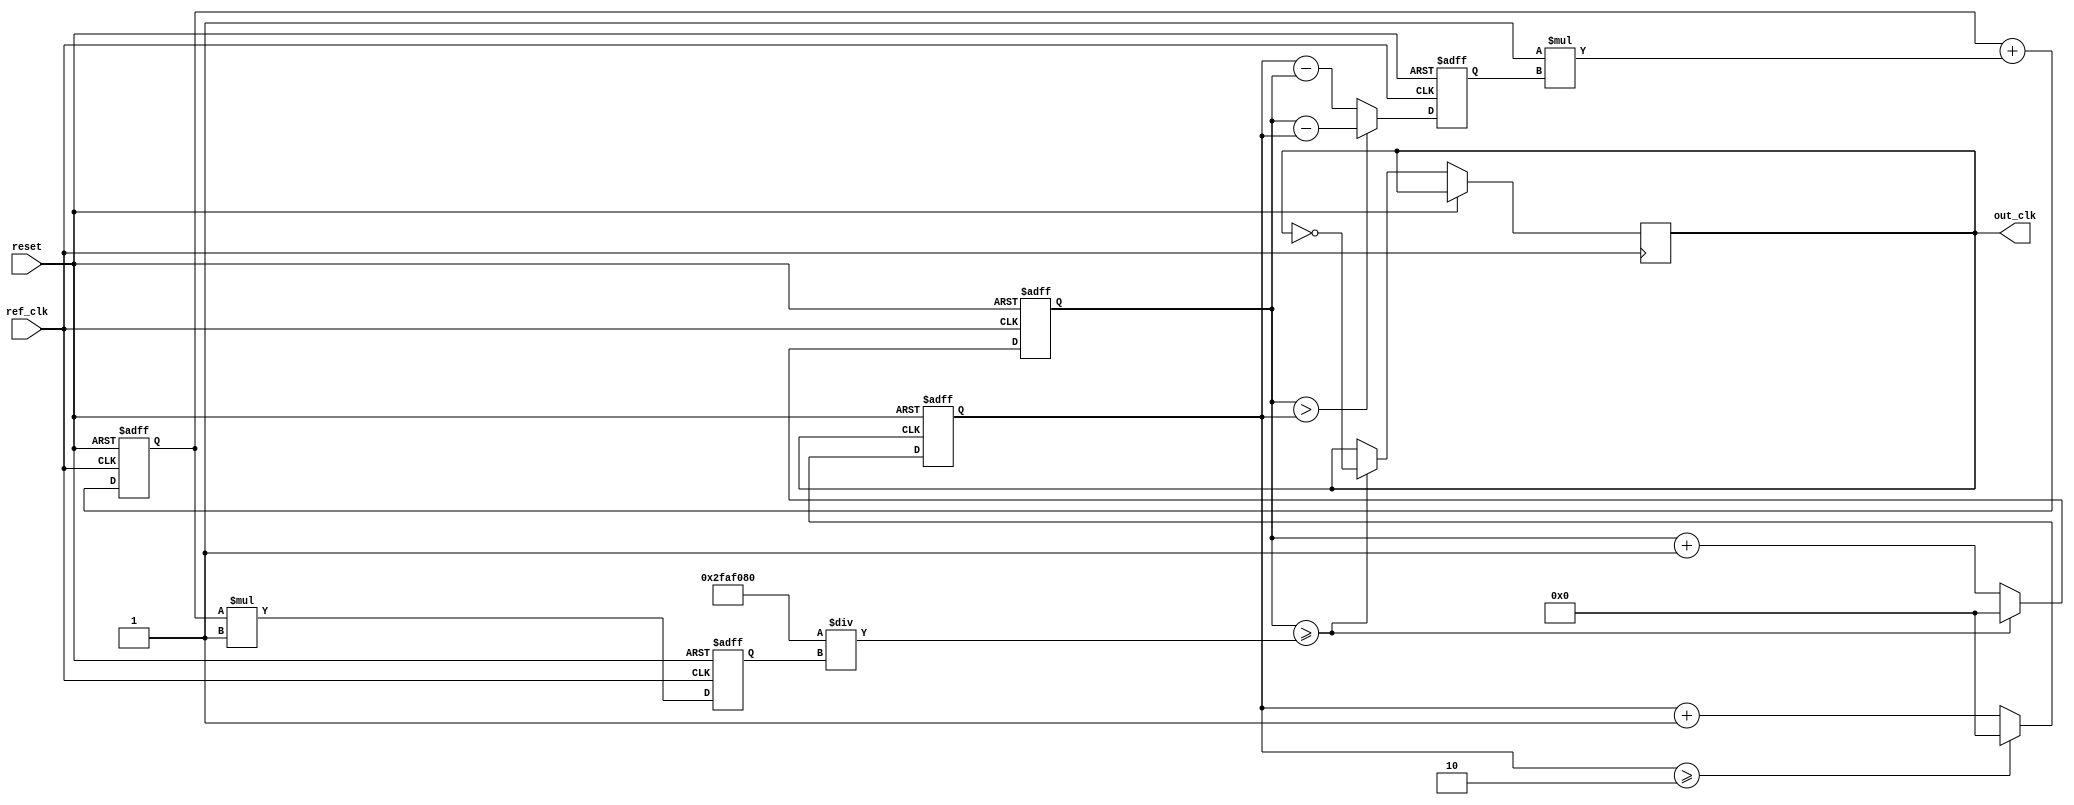
module parameterized_PLL #(
    parameter REFERENCE_FREQ = 50_000_000, // Reference clock frequency in Hz
    parameter OUTPUT_FREQ = 100_000_000,    // Desired output clock frequency in Hz
    parameter DIV_RATIO = OUTPUT_FREQ / REFERENCE_FREQ, // Feedback division ratio
    parameter LOOP_FILTER_GAIN = 1,          // Proportional gain for loop filter
    parameter VCO_SENSITIVITY = 1            // VCO sensitivity (Hz/V)
)(
    input wire ref_clk,                       // Reference clock input
    input wire reset,                         // Reset signal
    output reg out_clk                        // Output clock
);

    // Internal signals
    reg [31:0] phase_error;                   // Phase error signal
    reg [31:0] control_voltage;                // Control voltage for VCO
    reg [31:0] vco_output;                     // VCO output frequency
    reg [31:0] feedback_counter;               // Feedback counter for divider
    reg [31:0] vco_counter;                    // VCO counter for output clock generation

    // Phase Detector (PFD)
    always @(posedge ref_clk or posedge reset) begin
        if (reset) begin
            phase_error <= 0;
        end else begin
            // Simple phase detector logic (PFD)
            // This is a placeholder for a more complex PFD implementation
            phase_error <= (vco_counter > feedback_counter) ? (vco_counter - feedback_counter) : (feedback_counter - vco_counter);
        end
    end

    // Loop Filter (First-order)
    always @(posedge ref_clk or posedge reset) begin
        if (reset) begin
            control_voltage <= 0;
        end else begin
            control_voltage <= control_voltage + (LOOP_FILTER_GAIN * phase_error);
        end
    end

    // Voltage-Controlled Oscillator (VCO)
    always @(posedge ref_clk or posedge reset) begin
        if (reset) begin
            vco_output <= 0;
            vco_counter <= 0;
        end else begin
            // VCO output frequency based on control voltage
            vco_output <= control_voltage * VCO_SENSITIVITY;
            // Generate output clock based on VCO output frequency
            if (vco_counter >= (REFERENCE_FREQ / vco_output)) begin
                out_clk <= ~out_clk; // Toggle output clock
                vco_counter <= 0; // Reset counter
            end else begin
                vco_counter <= vco_counter + 1;
            end
        end
    end

    // Feedback Divider
    always @(posedge out_clk or posedge reset) begin
        if (reset) begin
            feedback_counter <= 0;
        end else begin
            feedback_counter <= feedback_counter + 1;
            if (feedback_counter >= DIV_RATIO) begin
                feedback_counter <= 0; // Reset feedback counter
            end
        end
    end

endmodule